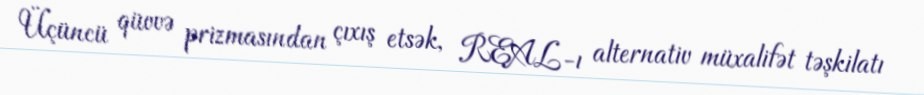
Üçüncü qüvvə prizmasından çıxış etsək, REAL-ı alternativ müxalifət təşkilatı